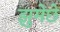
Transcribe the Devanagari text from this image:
झुमेछे